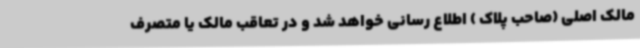
مالک اصلی (صاحب پلاک ) اطلاع رسانی خواهد شد و در تعاقب مالک یا متصرف